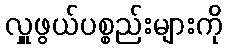
လှူဖွယ်ပစ္စည်းများကို